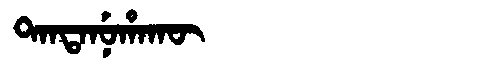
Manchu: ᡨᠠᠨᡨᠠᠨᡠᡥᠠᡴᡡ
Romanization: TANTANUHAKŪ